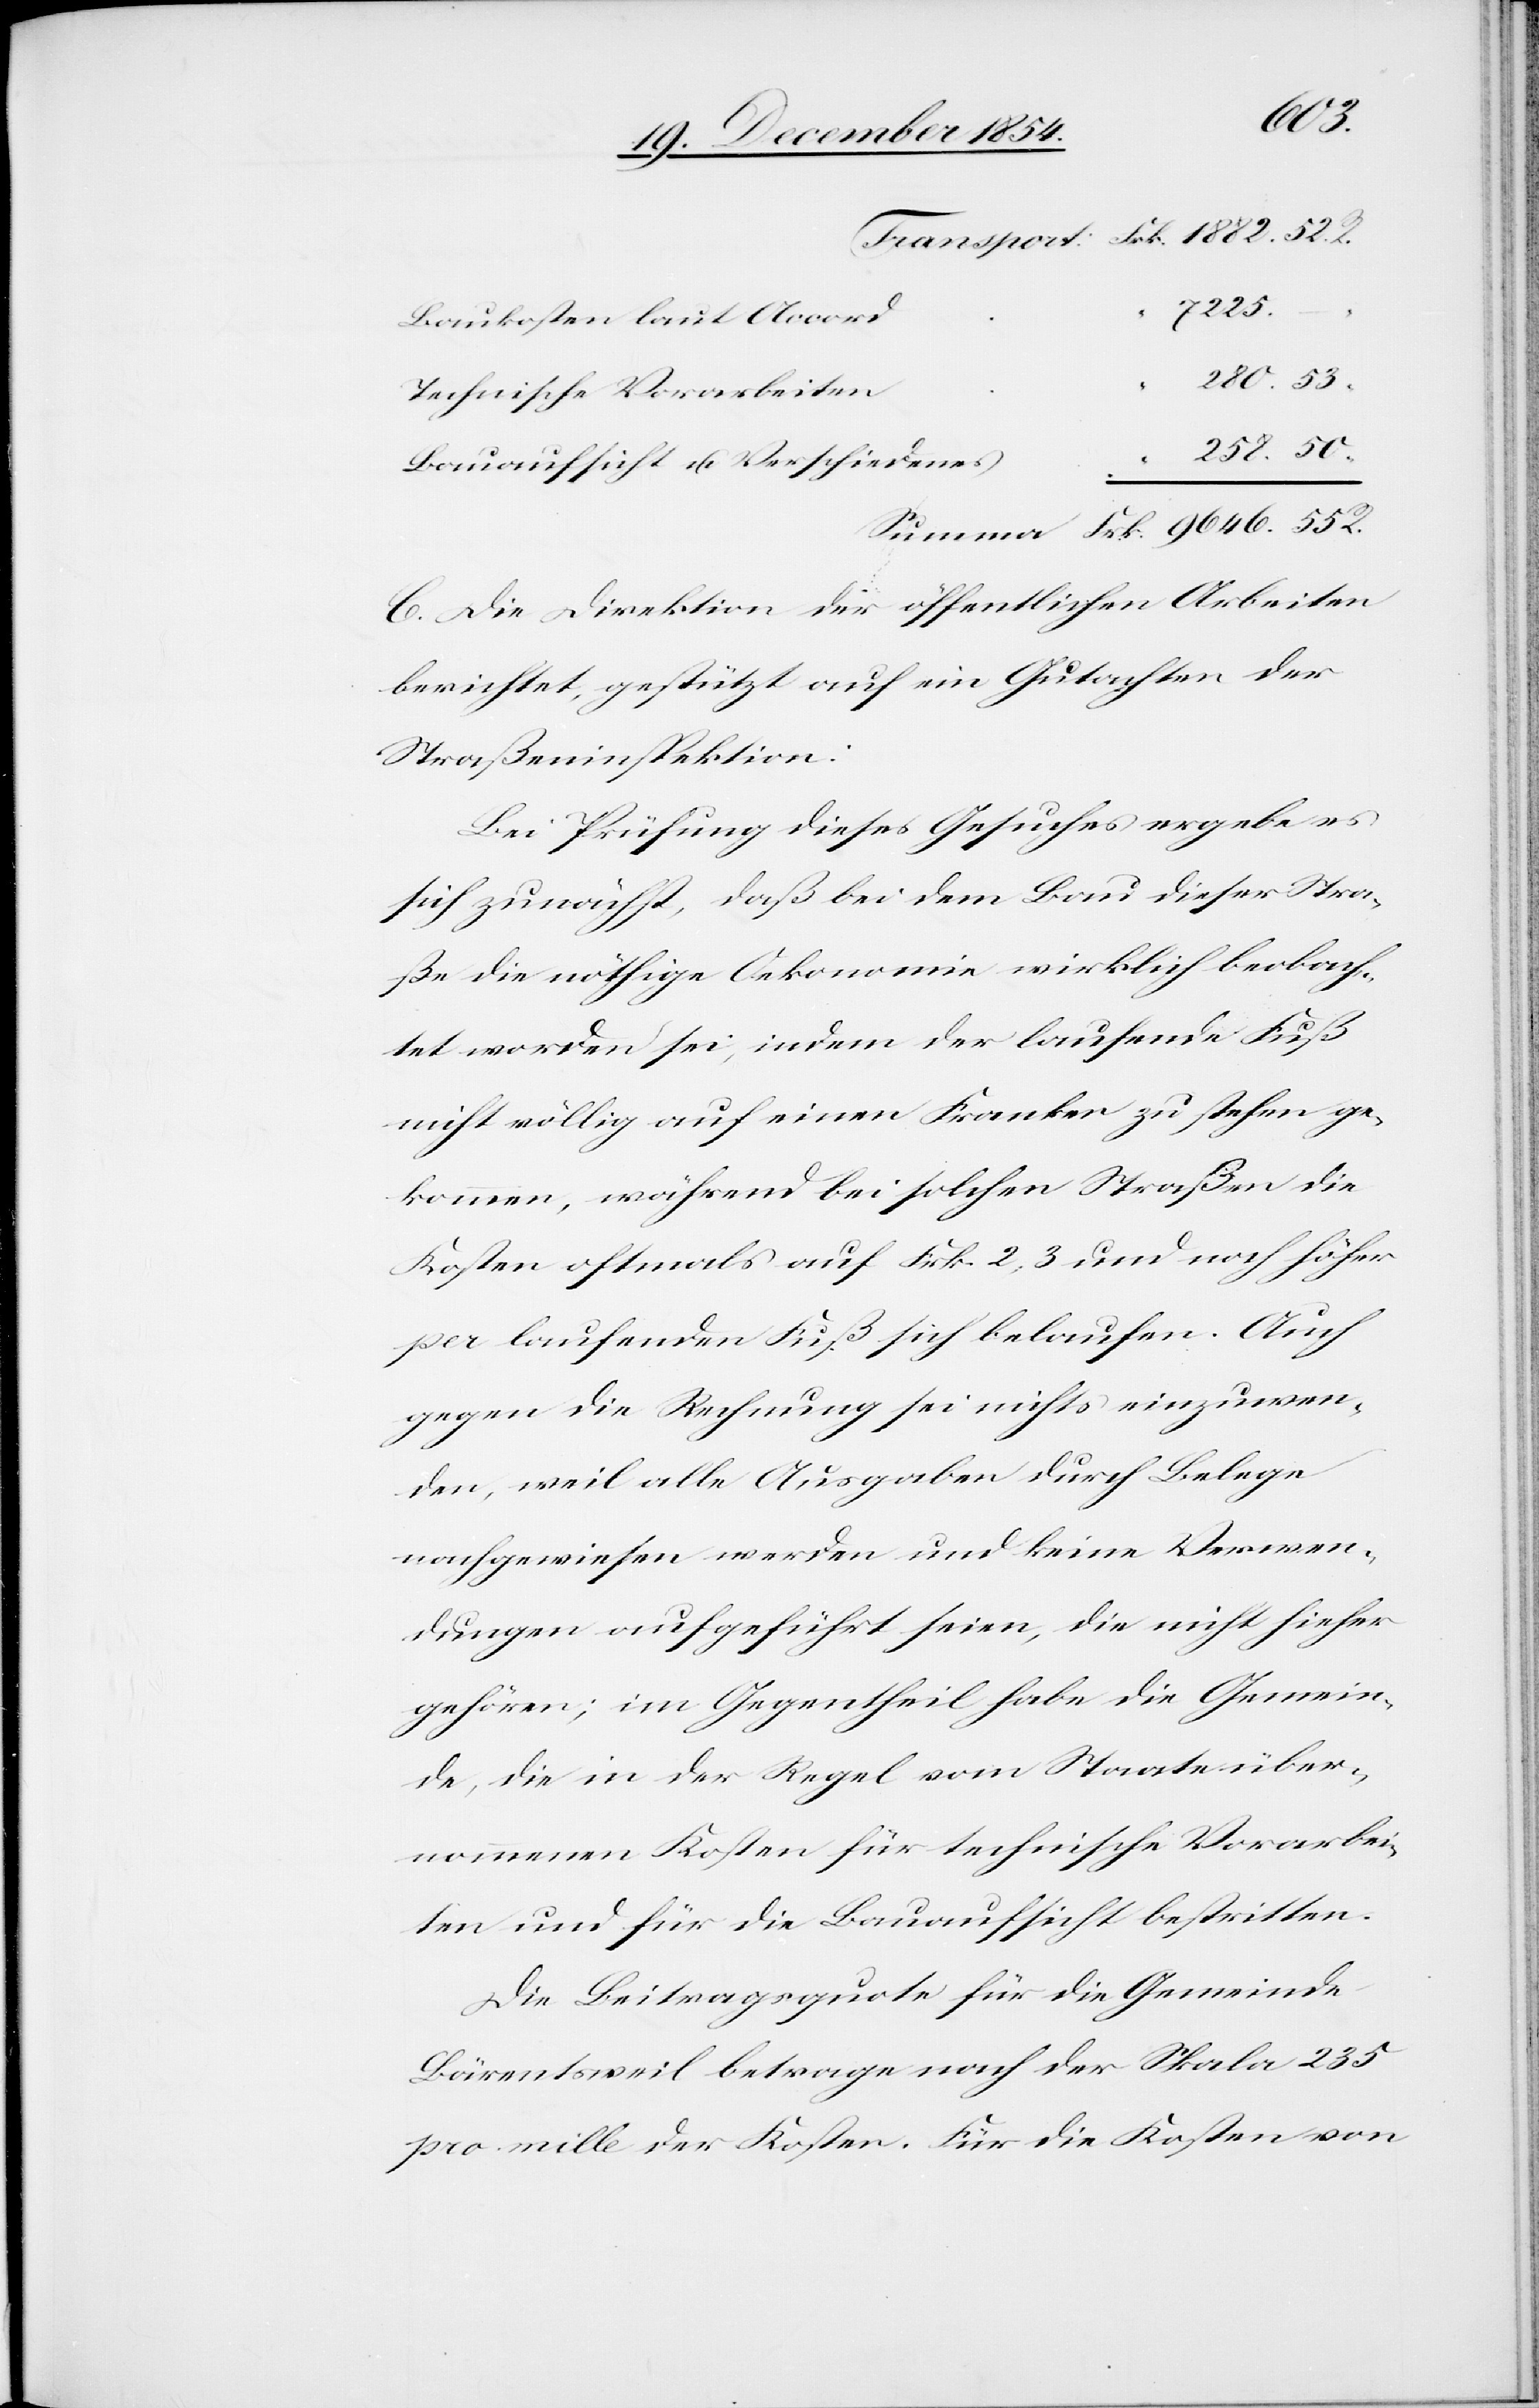
258.
280.
Baukosten laut Accord
Technische Vorarbeiten
Bauaufsicht u. Verschiedenes
“
C. Die Direktion der öffentlichen Arbeiten
berichtet, gestützt auf ein Gutachten der
Straßeninspektion:
Bei Prüfung dieses Gesuches ergebe es
sich zunächst, daß bei dem Bau dieser Stra¬
ße die nöthige Ökonomie wirklich beobach¬
tet worden sei, indem der laufende Fuß
nicht völlig auf einen Franken zu stehen ge¬
kommen, während bei solchen Straßen die
Kosten oftmals auf Frk. 2, 3 und noch höher
per laufenden Fuß sich belaufen. Auch
gegen die Rechnung sei nichts einzuwen¬
den, weil alle Ausgaben durch Belege
nachgewiesen werden und keine Verwen¬
dungen aufgeführt seien, die nicht hieher
gehören; im Gegentheil habe die Gemein¬
de, die in der Regel vom Staate über¬
nommenen Kosten für technische Vorarbei¬
ten und für die Bauaufsicht bestritten.
Die Beitragsquote für die Gemeinde
Bärentsweil betrage nach der Skala 235
pro mille der Kosten. Für die Kosten von